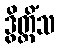
ဒွိတ္တိံသ